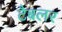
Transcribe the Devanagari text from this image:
टैबलर